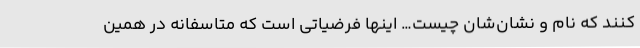
کنند که نام و نشان‌شان چیست… اینها فرضیاتی است که متاسفانه در همین